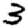
Digit: 3